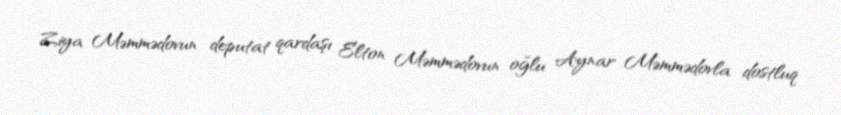
Ziya Məmmədovun deputat qardaşı Elton Məmmədovun oğlu Aynar Məmmədovla dostluq